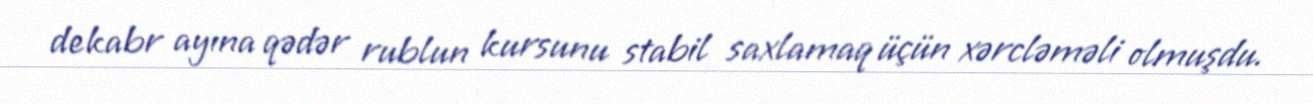
dekabr ayına qədər rublun kursunu stabil saxlamaq üçün xərcləməli olmuşdu.